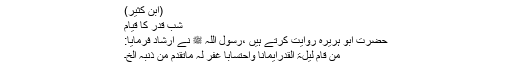
(ابن کثیر)
شبِ قدر کا قیام
حضرت ابو ہریرہؓ روایت کرتے ہیں ،رسول اللہ ﷺ نے ارشاد فرمایا:
من قام لیلۃ القدرایماناً واحتساباً غفر لہ ماتقدم من ذنبہ الخ۔